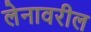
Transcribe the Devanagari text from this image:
लेनावरील